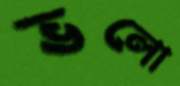
ভলো